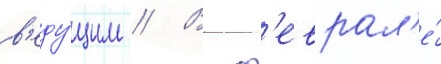
в'еду́щим // В ф'еврал'е́